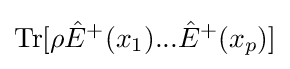
\mathrm {Tr} [\rho {\hat {E}}^{+}(x_{1})...{\hat {E}}^{+}(x_{p})]